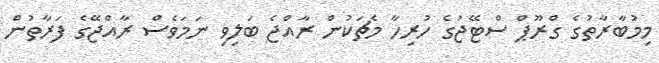
މިމުބާރާތުގެ ގްރޫޕް ސްޓޭޖުގެ ހުރިހާ މެޗަކުން ރާއްޖެ ބަލިވި ނަމަވެސް ރާއްޖޭގެ ފަރާތުން